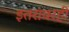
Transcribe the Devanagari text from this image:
इतरांवरही